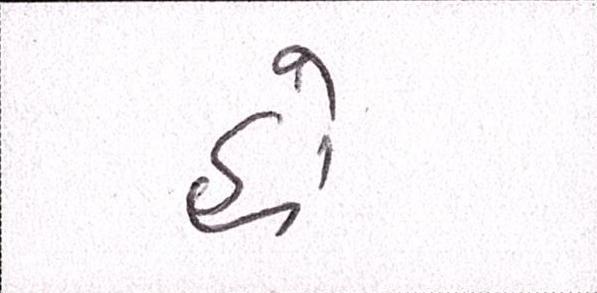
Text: હો